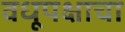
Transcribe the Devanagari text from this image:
वधूपक्षाचा